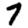
Digit: 7